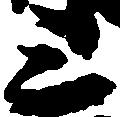
三